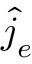
\boldsymbol { \hat { j } } _ { e }